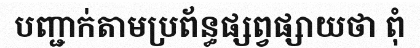
បញ្ជាក់តាមប្រព័ន្ធផ្សព្វផ្សាយថា ពុំ